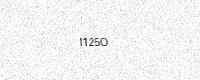
Text: I125O